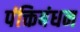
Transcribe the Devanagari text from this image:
पंक्तिबंधन